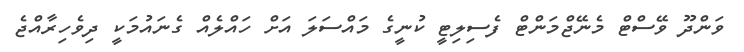
ވަންދޫ ވޭސްޓް މެނޭޖްމަންޓް ފެސިލިޓީ ކުނީގެ މައްސަލަ އަށް ހައްލެއް ގެނައުމަކީ ދިވެހިރާއްޖެ